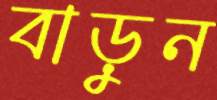
বাড়ুন